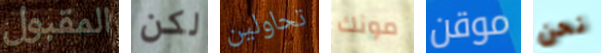
المقبول لكن تحاولين مونك موقن نحن